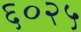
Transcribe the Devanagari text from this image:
६०२५